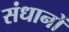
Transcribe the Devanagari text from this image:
संधानों